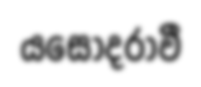
යසෝදරාවී